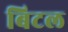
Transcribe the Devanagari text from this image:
बिटल